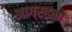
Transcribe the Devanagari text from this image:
आगरहको